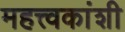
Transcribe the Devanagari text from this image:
महत्त्वकांशी